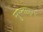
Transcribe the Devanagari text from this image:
मुस्ताइन